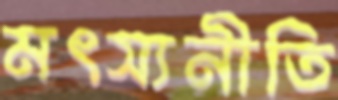
মৎস্যনীতি